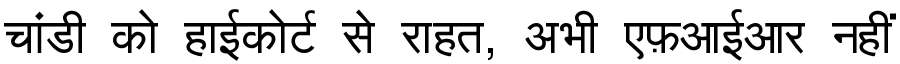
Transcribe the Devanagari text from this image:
चांडी को हाईकोर्ट से राहत, अभी एफ़आईआर नहीं